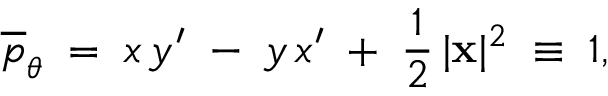
\overline { { p } } _ { \theta } \; = \; x \, y ^ { \prime } \; - \; y \, x ^ { \prime } \; + \; \frac { 1 } { 2 } \, | { \bf x } | ^ { 2 } \; \equiv \; 1 ,